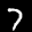
Label: 7